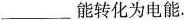
___能转化为电能.